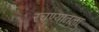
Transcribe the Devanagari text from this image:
रचण्यातला